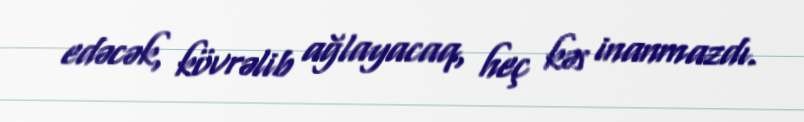
edəcək, kövrəlib ağlayacaq, heç kəs inanmazdı.